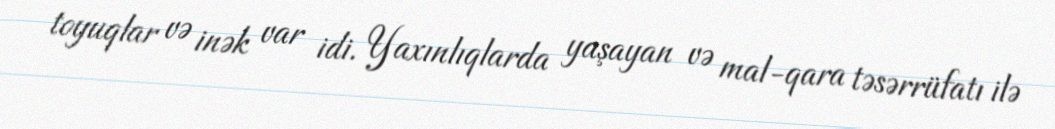
toyuqlar və inək var idi. Yaxınlıqlarda yaşayan və mal-qara təsərrüfatı ilə